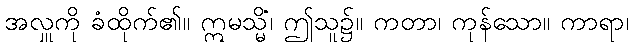
အလှူကို ခံထိုက်၏။ ဣမသ္မိံ၊ ဤသူ၌။ ကတာ၊ ကုန်သော။ ကာရာ၊